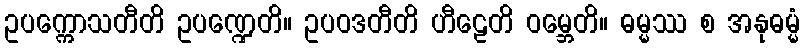
ဥပက္ကောသတီတိ ဥပဏ္ဍေတိ။ ဥပဝဒတီတိ ဟီဠေတိ ဝမ္ဘေတိ။ ဓမ္မဿ စ အနုဓမ္မံ